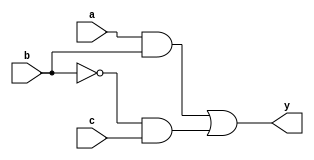
module combinational_logic (
    input wire a,       // Input signal a
    input wire b,       // Input signal b
    input wire c,       // Input signal c
    output reg y        // Output signal y
);

    // Always block sensitive to changes in inputs a, b, or c
    always @ (a or b or c) begin
        // Procedural assignment using blocking assignment
        y = (a & b) | (~b & c); // Example combinational logic equation
    end

endmodule